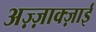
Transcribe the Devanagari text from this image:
अज़्ज़ाक्ज़ाई